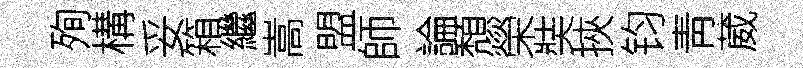
殉構妥箱繼嵩盟師論頽榮奘挾钧靑葳